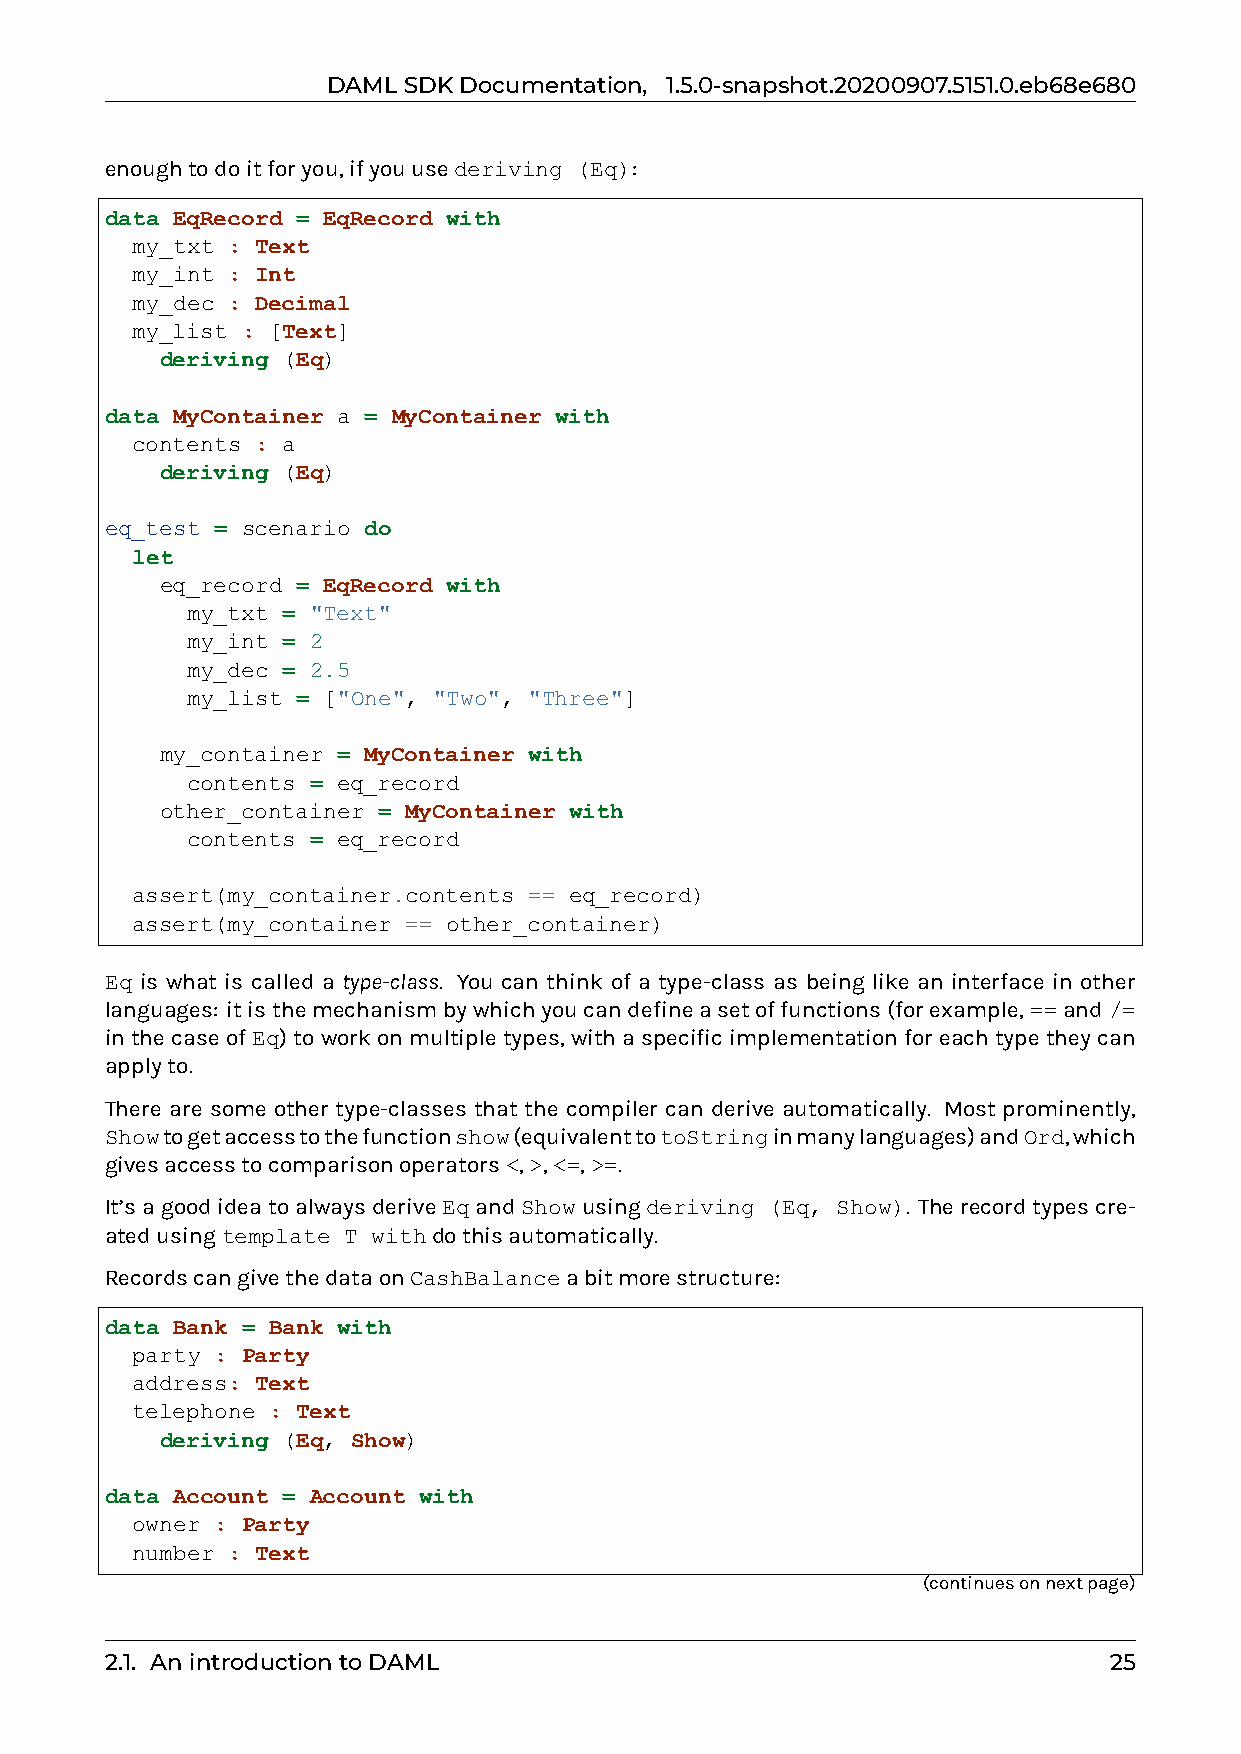
DAMLSDKDocumentation, 1.5.0-snapshot.20200907.5151.0.eb68e680
 enoughtodoitforyou,ifyouusederiving (Eq):
 data EqRecord = EqRecord with
 my_txt : Text
 my_int : Int
 my_dec : Decimal
 my_list : [Text]
 deriving (Eq)
 data MyContainer a = MyContainer with
 contents : a
 deriving (Eq)
 eq_test = scenario do
 let
 eq_record = EqRecord with
 my_txt = "Text"
 my_int = 2
 my_dec = 2.5
 my_list = ["One", "Two", "Three"]
 my_container = MyContainer with
 contents = eq_record
 other_container = MyContainer with
 contents = eq_record
 assert(my_container.contents == eq_record)
 assert(my_container == other_container)
 Eq is what is called a type-class. You can think of a type-class as being like an interface in other
 languages: itisthemechanismbywhichyoucandefineasetoffunctions(forexample,==and/=
 inthecaseofEq)toworkonmultipletypes,withaspecificimplementationforeachtypetheycan
 applyto.
 There are some other type-classes that the compiler can derive automatically. Most prominently,
 Showtogetaccesstothefunctionshow(equivalenttotoStringinmanylanguages)andOrd,which
 givesaccesstocomparisonoperators<,>,<=,>=.
 It’sagoodideatoalwaysderiveEqandShowusingderiving (Eq, Show). Therecordtypescre-
 atedusingtemplate T withdothisautomatically.
 RecordscangivethedataonCashBalanceabitmorestructure:
 data Bank = Bank with
 party : Party
 address: Text
 telephone : Text
 deriving (Eq, Show)
 data Account = Account with
 owner : Party
 number : Text
 (continuesonnextpage)
 2.1. AnintroductiontoDAML                                         25